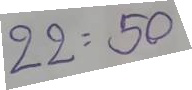
22 = 50